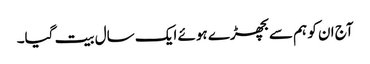
آج ان کو ہم سے بچھڑے ہوئے ایک سال بیت گیا۔